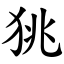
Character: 狣